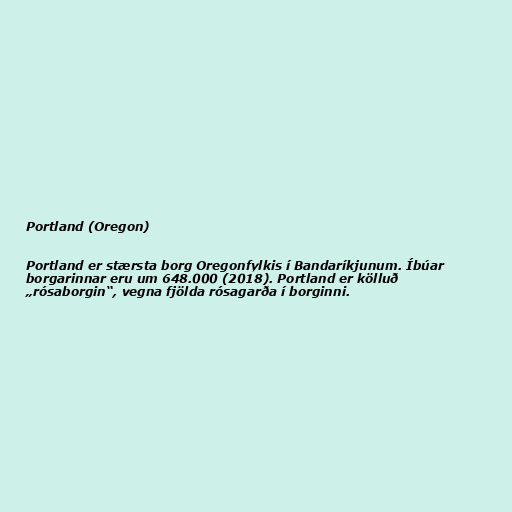
Portland (Oregon)

Portland er stærsta borg Oregonfylkis í Bandaríkjunum. Íbúar
borgarinnar eru um 648.000 (2018). Portland er kölluð
„rósaborgin“, vegna fjölda rósagarða í borginni.